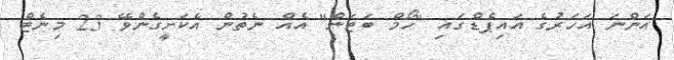
އަންނަ އަހަރުގެ އައިޕެޑްގައި "ހޯމް ބަޓަން" އެއް ނެތުން އެކަށީގެންވޭ 23 މިނެޓް